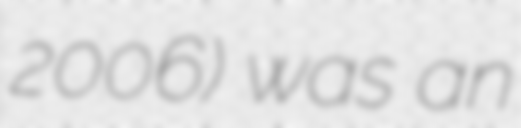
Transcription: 2006) was an